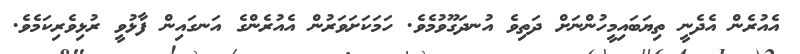
އެއުރެން އެދެނީ ތިޔަބައިމީހުންނަށް ދަތިވެ އުނދަގޫވުމެވެ. ހަމަކަށަވަރުން އެއުރެންގެ އަނގައިން ފާޅުވީ ރުޅިވެރިކަމެވެ.